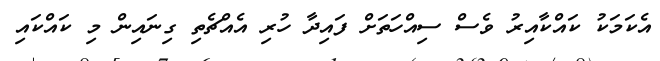
އެކަމަކު ކައްކާއިރު ވެސް ސިއްހަތަށް ފައިދާ ހުރި އެއްޗެތި ގިނައިން މި ކައްކައި